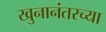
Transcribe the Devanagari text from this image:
खुनानंतरच्या